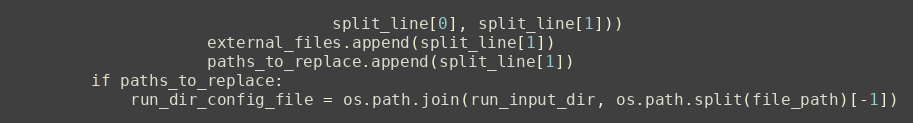
Language: Python
                                 split_line[0], split_line[1]))
                    external_files.append(split_line[1])
                    paths_to_replace.append(split_line[1])
        if paths_to_replace:
            run_dir_config_file = os.path.join(run_input_dir, os.path.split(file_path)[-1])